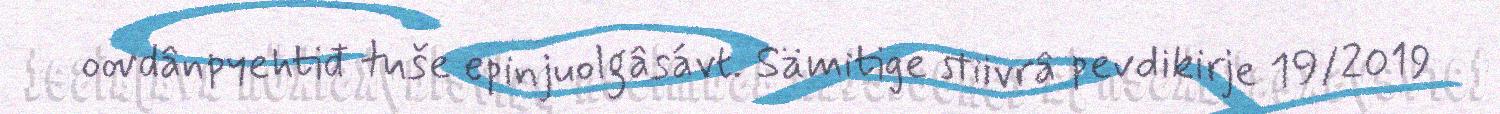
oovdânpyehtiđ tuše epinjuolgâsávt. Sämitige stiivrâ pevdikirje 19/2019